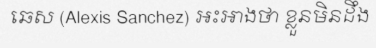
ឆេស (Alexis Sanchez) អះអាងថា ខ្លួនមិនដឹង